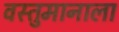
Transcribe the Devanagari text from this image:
वस्तुमानाला